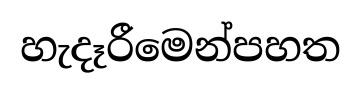
හැදෑරීමෙන්පහත